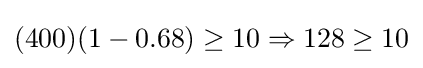
(400)(1-0.68)\geq 10\Rightarrow 128\geq 10